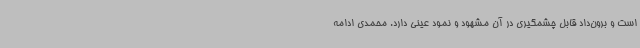
است و برون‌داد قابل چشمگیری در آن مشهود و نمود عینی دارد. محمدی ادامه